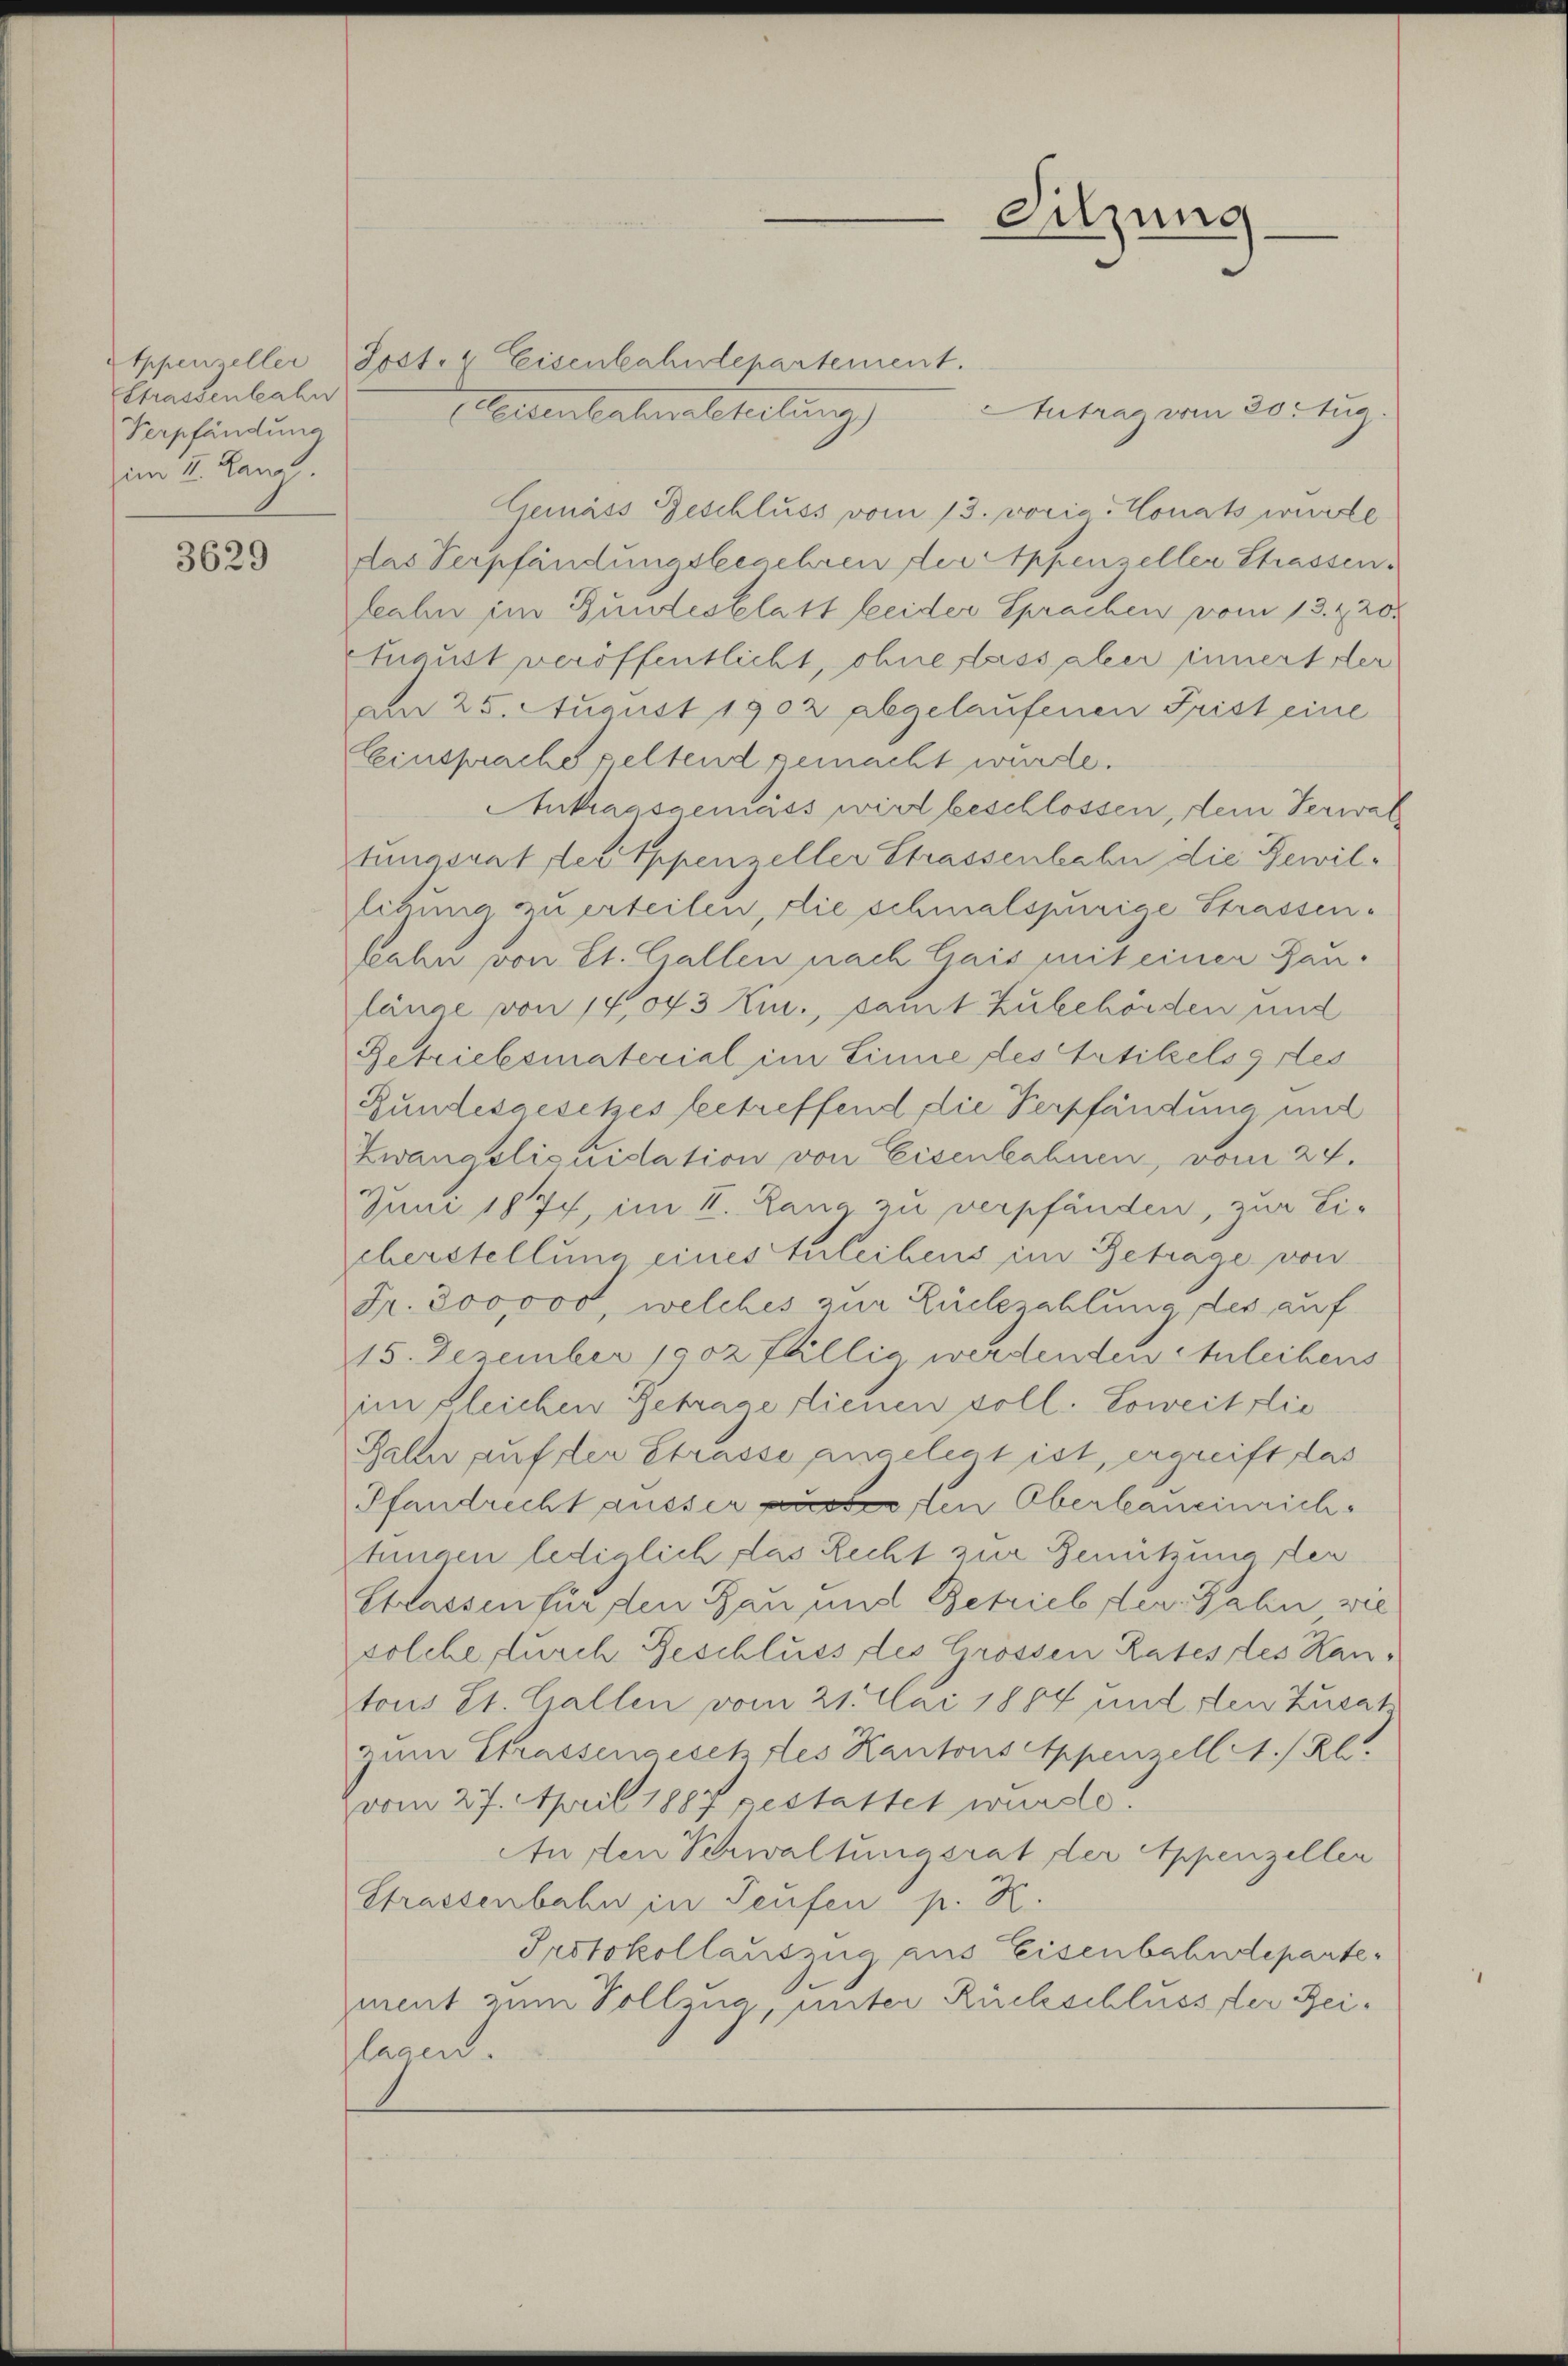
Strassenbahn
Verpfändung
im II. Kani

3629

Sitzung

Appenzeller Post." Eisenbahndepartement.
eventateratheilung Antrazion vorzug
Gemäss Geschluss vom 13. voria Monats wurde
das Verpfändungsbegehren der Appenzellen Strassen.
Lahn im Bundesblatt leider Sprachen vom 13. & 20.
fnaust veröffentlicht, ohne lass aber innert der
am 25. August 1902 abgelaufenen Frist eine
Einsprache seltend gemacht wurde.
Ankraasgemäss wird beschlossen, dem Verwal
tungsrat der Appenzeller Strassenbahn die Bewilligung zu erteilen, die schmalspurige Strassenbahn von St. Gallen nach Gais mit einer Baulänge von 14,043 Kr., samt Zubehörden und
Getriebsmaterial im Linne des Artikels gres
Rundesgesetzes betreffend die Verpfändung mit
Zwangsliquidation von Eisenbahnen, vom 24.
Juni 1877, im II. Lang zu verpfänden, zur Eicherstellung eines thleihens im Betrage von
Fr. 300000, welches zur Rückzahlung des auf
15. Dezember 1802 fällig werdenden bleibens
im gleichen Getrage dienen soll. Soweit die
Galler auf der Strasse angelegt ist, ergreift das
Pfandrecht ausserten Oberlaneinrich
tingen lediglich das Recht zur Benützung der
Strassen für den Bau und Betriebster Zahn, wie
solche, durch Geschluss des Grössen Rates des Hantons St. Gallen vom 21. Mai 1884 und den Zusat
zum Strassengesehrtes Kantons Appenzell A/Rl.
vom 27. April 1887 gestattet wurde.
An den Verwaltungsrat der Appenzellen
Strassenbahn in Teufen p. K.
Protokollauszug aus Eisenbahndeparte
mmt zum Vollzug, unter Rückschluss der Reilaand.